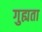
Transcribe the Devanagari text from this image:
गुह्यता